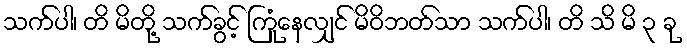
သက်ပါ၊ တိ မိတို့ သက်ခွင့် ကြုံနေလျှင် မိဝိဘတ်သာ သက်ပါ၊ တိ သိ မိ ၃ ခု